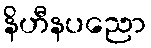
နိဟီနပညော